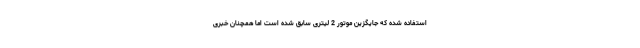
استفاده شده که جایگزین موتور 2 لیتری سابق شده است اما همچنان خبری